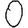
Digit: 0